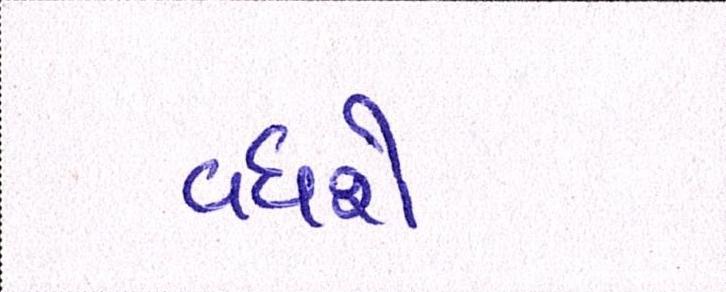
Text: વધશે